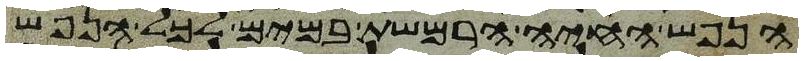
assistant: הנפש החיה הרמשת במים לכל הנפש